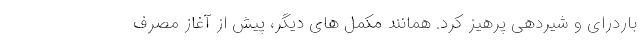
باردرای و شیردهی پرهیز کرد. همانند مکمل های دیگر، پیش از آغاز مصرف